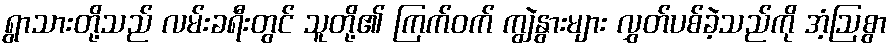
ရွာသားတို့သည် လမ်းခရီးတွင် သူတို့၏ ကြက်ဝက် ကျွဲနွားများ လွှတ်ပစ်ခဲ့သည်ကို အံ့ဩစွာ